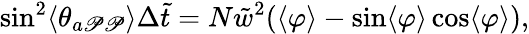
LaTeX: \sin^{2}\langle\theta_{a\mathscr{P}\mathscr{P}}\rangle\Delta\tilde{{t}}=N{\tilde{{w}}^{2}}(\langle\varphi\rangle-\sin\langle\varphi\rangle\cos\langle\varphi\rangle),